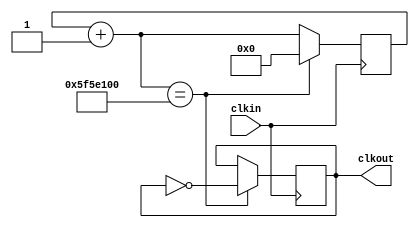
`timescale 1ns / 1ps
//////////////////////////////////////////////////////////////////////////////////
// Company: 
// Engineer: 
// 
// Design Name: 
// Module Name: blinky_sequential
// Project Name: 
// Target Devices: 
// Tool Versions: 
// Description: 
// 
// Dependencies: 
// 
// Revision:
// Revision 0.01 - File Created
// Additional Comments:
// 
//////////////////////////////////////////////////////////////////////////////////


module blinky_sequential(clkin, clkout);

input clkin;
output reg clkout;

 reg [31:0] counter;

initial 
begin

   counter = 0;
   clkout = 0;
   end 
   
   
   always@ (posedge clkin)
   
   begin
        counter = counter +1;
          if (counter == 100000000)
          begin  
             counter = 0;
             clkout = ~ clkout;
           end
   

    end


endmodule


////////////////
////////////////

module TB;

reg clkin;
wire clkout;



initial 
clkin = 0;

always 

#5 clkin = ~ clkin;


blinky_sequential  BS1(clkin, clkout);
endmodule